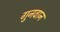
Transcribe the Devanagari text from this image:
गुनवान